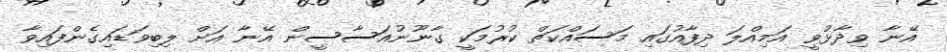
އޭނާ ވިދާޅުވީ އަމިއްލަ ދިފާއުގައި މަސައްކަތް ކުރުމަކީ ގާނޫނުއަސާސީން އޭނާ އަށް ލިބިވަޑައިގެންފައިވާ